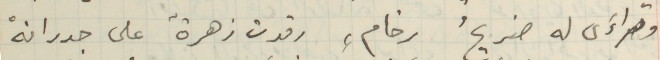
وتراءَى له ضزيحُ رخامٍ رقدت زهرةٌ على جدرانهْ